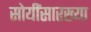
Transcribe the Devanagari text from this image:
सोयींसारख्या